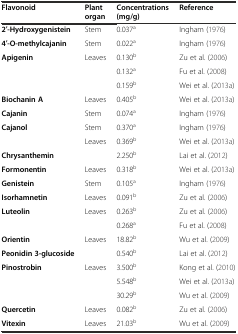
| Flavonoid | Plant organ | Concentrations (mg/g) | Reference |
 | --- | --- | --- | --- |
 | 2′-Hydroxygenistein | Stem | 0.037a | Ingham (1976) |
 | 4′-O-methylcajanin | Stem | 0.022a | Ingham (1976) |
 | <ROWSPAN=3> Apigenin | <ROWSPAN=3> Leaves | 0.130b | Zu et al. (2006) |
 | 0.132a | Fu et al. (2008) |
 | 0.159b | Wei et al. (2013a) |
 | Biochanin A | Leaves | 0.405b | Wei et al. (2013a) |
 | Cajanin | Stem | 0.074a | Ingham (1976) |
 | <ROWSPAN=2> Cajanol | Stem | 0.370a | Ingham (1976) |
 | Leaves | 0.369b | Wei et al. (2013a) |
 | Chrysanthemin |  | 2.250b | Lai et al. (2012) |
 | Formonentin | Leaves | 0.318b | Wei et al. (2013a) |
 | Genistein | Stem | 0.105a | Ingham (1976) |
 | Isorhamnetin | Leaves | 0.091b | Zu et al. (2006) |
 | <ROWSPAN=2> Luteolin | <ROWSPAN=2> Leaves | 0.263b | Zu et al. (2006) |
 | 0.268a | Fu et al. (2008) |
 | Orientin | Leaves | 18.82b | Wu et al. (2009) |
 | Peonidin 3-glucoside |  | 0.540b | Lai et al. (2012) |
 | <ROWSPAN=3> Pinostrobin | <ROWSPAN=3> Leaves | 3.500b | Kong et al. (2010) |
 | 5.548b | Wei et al. (2013a) |
 | 30.29b | Wu et al. (2009) |
 | Quercetin | Leaves | 0.082b | Zu et al. (2006) |
 | Vitexin | Leaves | 21.03b | Wu et al. (2009) |